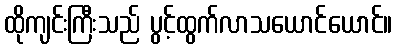
ထိုကျင်းကြီးသည် ပွင့်ထွက်လာသယောင်ယောင်။